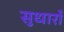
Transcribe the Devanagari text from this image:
सुधारोँ